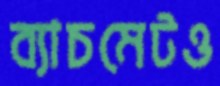
ব্যাচমেটও